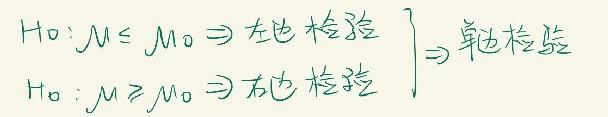
$H_0:\mu\leq\mu_0 \Rightarrow 左 边 检 验 \\
H_0:\mu\geq\mu_0 \Rightarrow 右 边 检 验 \Rightarrow 单 边 检 验$